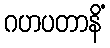
ဂဟပတာနိံ